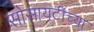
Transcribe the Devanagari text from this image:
सोसायटींच्या